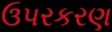
ઉપરકરણ